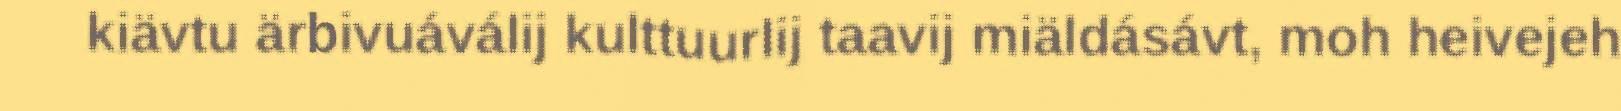
kiävtu ärbivuáválij kulttuurlij taavij miäldásávt, moh heivejeh